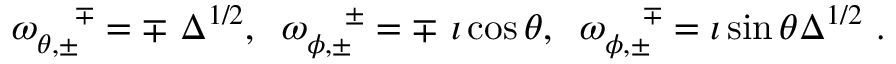
\omega _ { \theta , \pm } ^ { ~ ~ ~ \mp } = \mp ~ \Delta ^ { 1 / 2 } , \; \; \omega _ { \phi , \pm } ^ { ~ ~ ~ \pm } = \mp ~ \imath \cos { \theta } , \; \; \omega _ { \phi , \pm } ^ { ~ ~ ~ \mp } = \imath \sin { \theta } \Delta ^ { 1 / 2 } ~ .